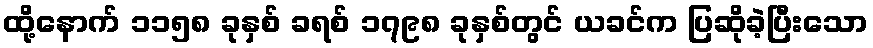
ထို့နောက် ၁၁၅၈ ခုနှစ် ခရစ် ၁၇၉၈ ခုနှစ်တွင် ယခင်က ပြဆိုခဲ့ပြီးသော